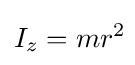
I_{z}=mr^{2}\!